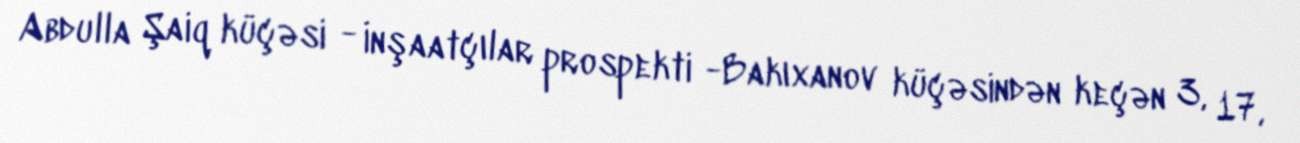
Abdulla Şaiq küçəsi - İnşaatçılar prospekti -Bakıxanov küçəsindən keçən 3, 17,